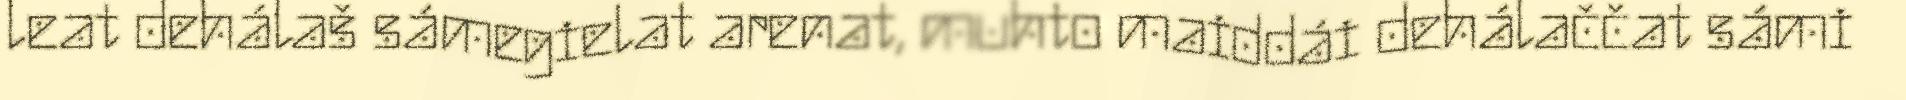
leat dehálaš sámegielat arenat, muhto maiddái dehálaččat sámi